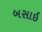
બસાઇ